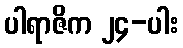
ပါရာဇိက ၂၄-ပါး